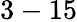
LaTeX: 3-15